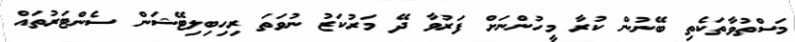
މަސްތުވާތަކެތި ބޭނުން ކުރާ މީހުންނަށް ފަރުވާ ދޭ މަރުކަޒު ނުވަތަ ރިހިބިލިޓޭޝަން ސެންޓަރުތައް